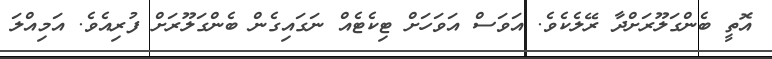
އޮތީ ބެންގަލޫރަށްދާ ރޭލެކެވެ. އަވަސް އަވަހަށް ޓިކެޓެއް ނަގައިގެން ބެންގަލޫރަށް ފުރިއެވެ. އަމިއްލަ